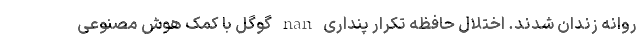
روانه زندان شدند. اختلال حافظه تکرار پنداری nan گوگل با کمک هوش مصنوعی